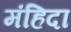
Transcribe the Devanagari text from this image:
मंहिदा